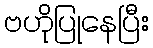
ဗဟိုပြုနေပြီး